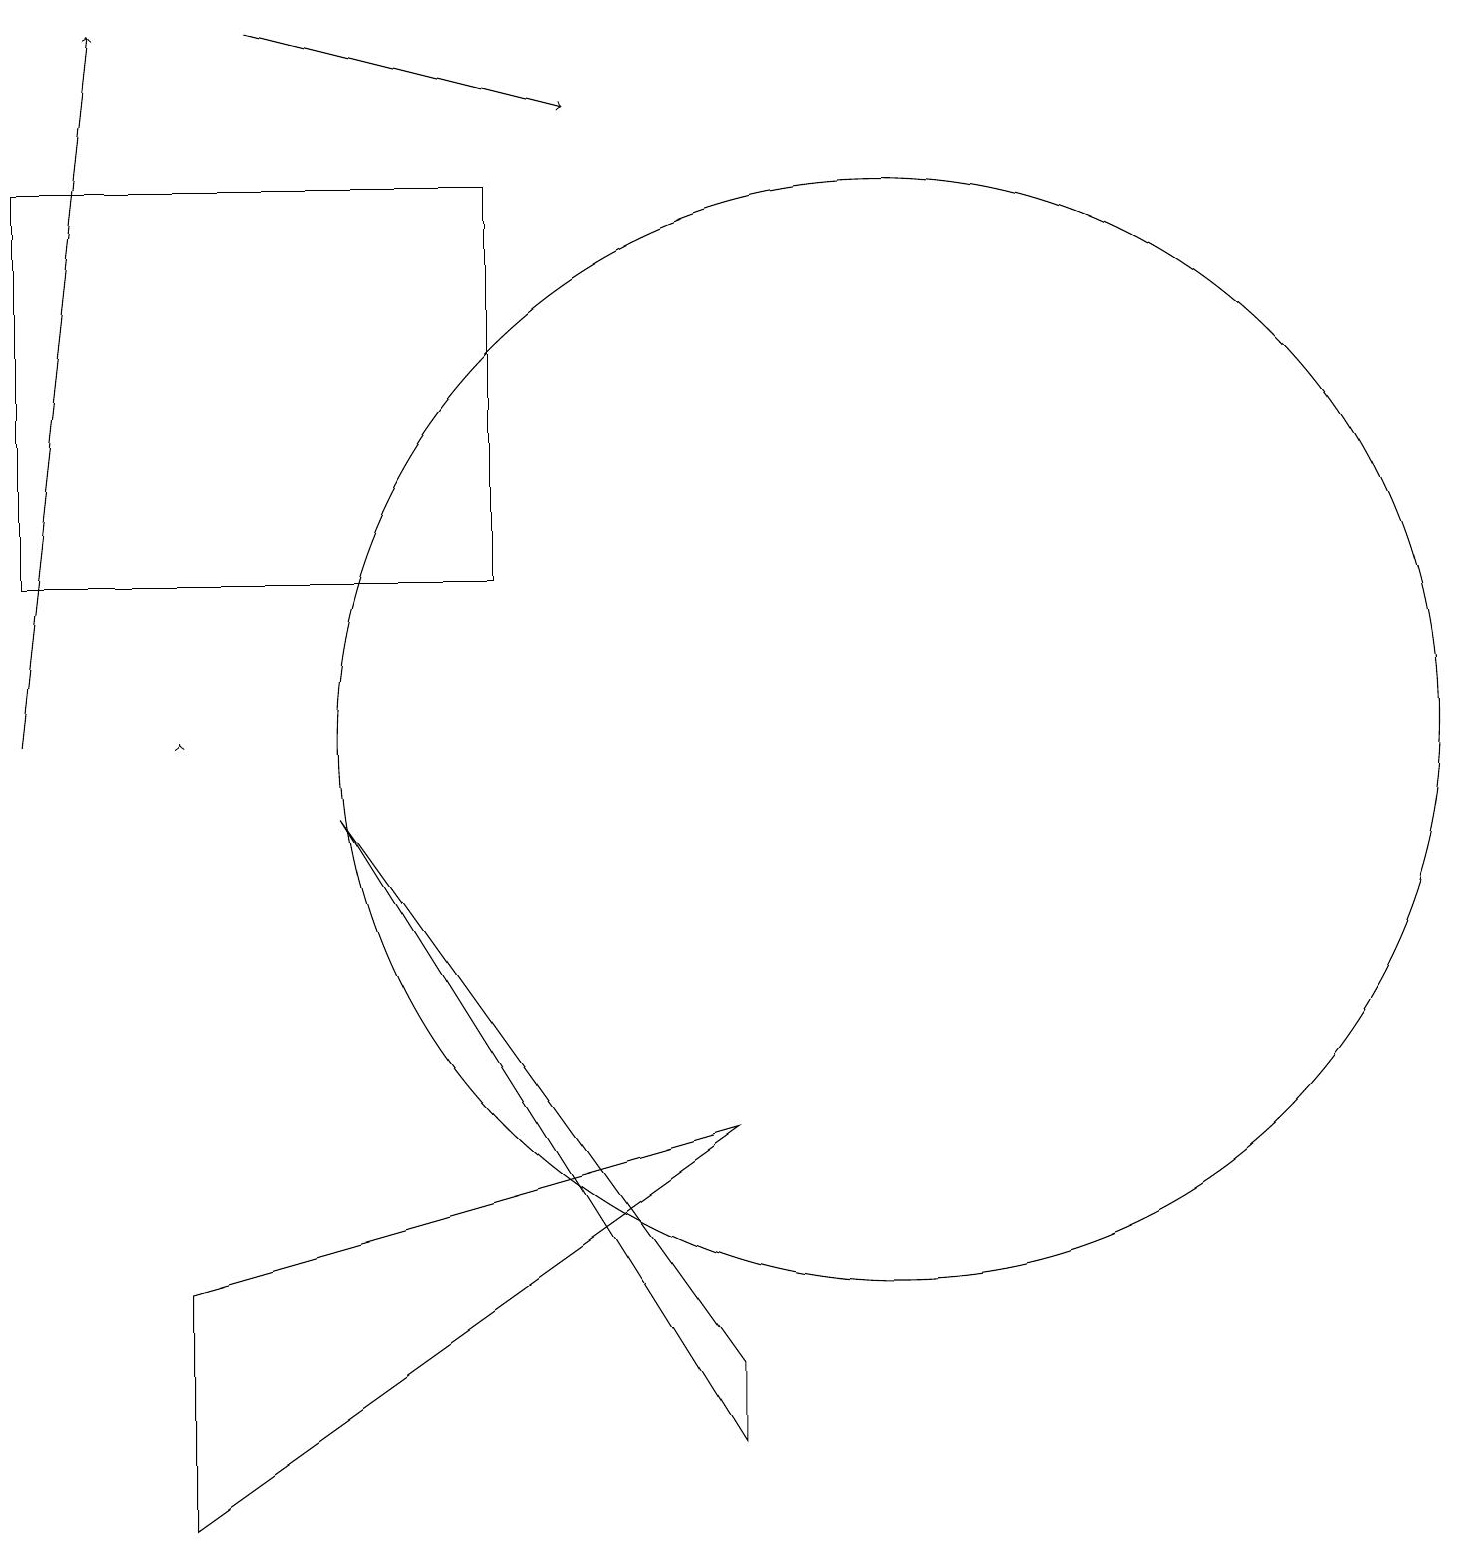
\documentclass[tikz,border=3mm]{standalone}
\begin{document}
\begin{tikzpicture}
\draw (0,17) rectangle (6,12);
\draw[->] (3,19) -- (7,18);
\draw (9,1) -- (9,2) -- (4,9) -- cycle;
\draw[->] (0,10) -- (1,19);
\draw (11,10) circle (7);
\draw (2,0) -- (2,3) -- (9,5) -- cycle;
\draw[->] (2,10) -- (2,10);
\draw (11,11) circle (0);
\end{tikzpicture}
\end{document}